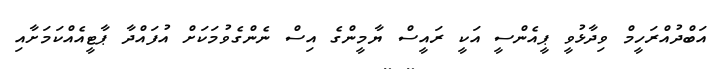
އަބްދުއްރަހީމް ވިދާޅުވީ ޕީއެންސީ އަކީ ރައީސް ޔާމީންގެ އިސް ނެންގެވުމަކަށް އުފައްދާ ޕާޓީއެއްކަމަށާއި